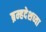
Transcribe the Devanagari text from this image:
ब्रम्हदेशच्या